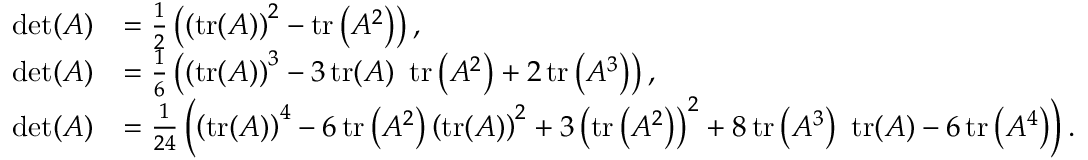
{ \begin{array} { r l } { \operatorname* { d e t } ( A ) } & { = { \frac { 1 } { 2 } } \left( \left( \operatorname { t r } ( A ) \right) ^ { 2 } - \operatorname { t r } \left( A ^ { 2 } \right) \right) , } \\ { \operatorname* { d e t } ( A ) } & { = { \frac { 1 } { 6 } } \left( \left( \operatorname { t r } ( A ) \right) ^ { 3 } - 3 \operatorname { t r } ( A ) ~ \operatorname { t r } \left( A ^ { 2 } \right) + 2 \operatorname { t r } \left( A ^ { 3 } \right) \right) , } \\ { \operatorname* { d e t } ( A ) } & { = { \frac { 1 } { 2 4 } } \left( \left( \operatorname { t r } ( A ) \right) ^ { 4 } - 6 \operatorname { t r } \left( A ^ { 2 } \right) \left( \operatorname { t r } ( A ) \right) ^ { 2 } + 3 \left( \operatorname { t r } \left( A ^ { 2 } \right) \right) ^ { 2 } + 8 \operatorname { t r } \left( A ^ { 3 } \right) ~ \operatorname { t r } ( A ) - 6 \operatorname { t r } \left( A ^ { 4 } \right) \right) . } \end{array} }